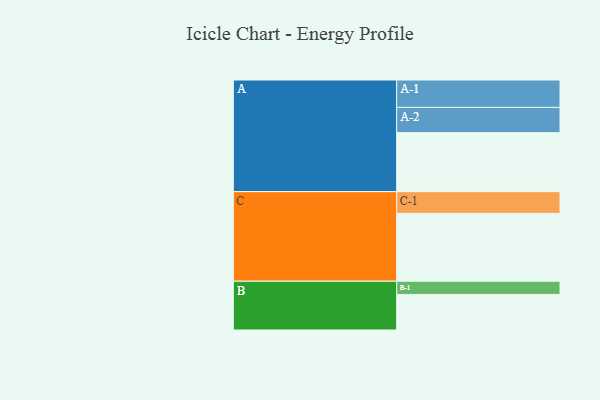
{"axis": {"x": "Segment", "y": "Value"}, "legend": ["", "A", "B", "C"], "data": [{"x": "A", "y": 519, "type": ""}, {"x": "B", "y": 313, "type": ""}, {"x": "C", "y": 597, "type": ""}, {"x": "A-1", "y": 241, "type": "A"}, {"x": "A-2", "y": 222, "type": "A"}, {"x": "B-1", "y": 116, "type": "B"}, {"x": "C-1", "y": 191, "type": "C"}]}